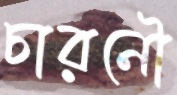
চারনৌ